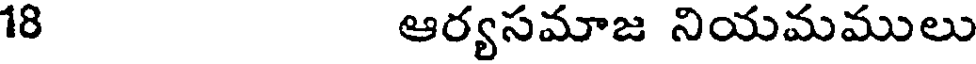
18 ఆర్యసమాజ నియమములు